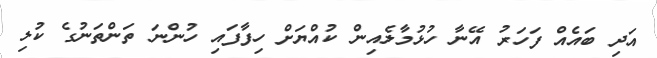
އަދި ބައެއް ފަހަރު އޭނާ ހުޅުމާލެއިން ކުއްޔަށް ހިފާފައި ހުންނަ ތަންތަނުގެ ކުލި